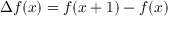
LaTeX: \Delta f ( x ) = f ( x + 1 ) - f ( x )